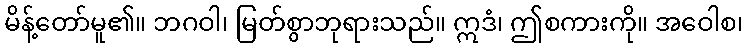
မိန့်တော်မူ၏။ ဘဂဝါ၊ မြတ်စွာဘုရားသည်။ ဣဒံ၊ ဤစကားကို။ အဝေါစ၊